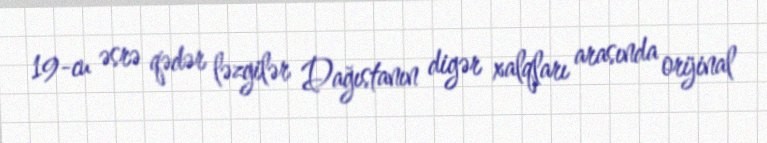
19-cu əsrə qədər ləzgilər Dağıstanın digər xalqları arasında orijinal